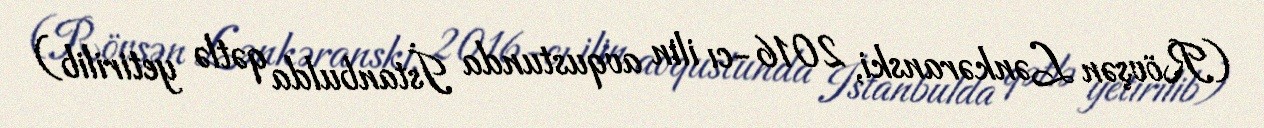
(Rövşən Lənkəranski, 2016-cı ilin avqustunda İstanbulda qətlə yetirilib)